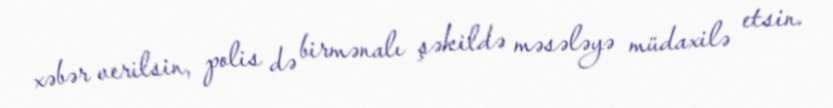
xəbər verilsin, polis də birmənalı şəkildə məsələyə müdaxilə etsin.